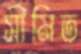
সীমিত